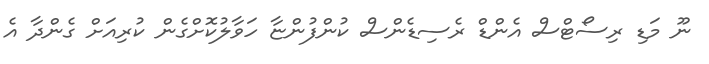
ނޫ މަޑި ރިސޯޓްސް އެންޑް ރެސިޑެންސް ކުންފުންޏާ ހަވާލުކޮށްގެން ކުރިއަށް ގެންދާ އެ